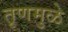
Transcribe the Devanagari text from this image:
तृणमुळे